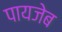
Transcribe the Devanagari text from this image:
पायजेब